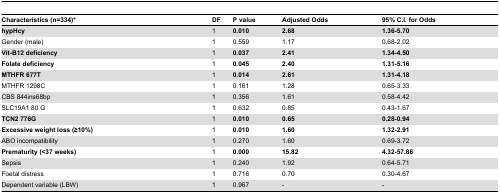
| Characteristics (n=334)* | DF | P value | Adjusted Odds | 95% C.I. for Odds |
 | --- | --- | --- | --- | --- |
 | hypHcy | 1 | 0.010 | 2.68 | 1.36-5.70 |
 | Gender (male) | 1 | 0.559 | 1.17 | 0.68-2.02 |
 | Vit-B12 deficiency | 1 | 0.037 | 2.41 | 1.34-4.50 |
 | Folate deficiency | 1 | 0.045 | 2.40 | 1.31-5.16 |
 | MTHFR 677T | 1 | 0.014 | 2.61 | 1.31-4.18 |
 | MTHFR 1298C | 1 | 0.161 | 1.28 | 0.65-3.33 |
 | CBS 844ins68bp | 1 | 0.356 | 1.61 | 0.58-4.42 |
 | SLC19A1 80 G | 1 | 0.632 | 0.85 | 0.43-1.67 |
 | TCN2 776G | 1 | 0.010 | 0.65 | 0.28-0.94 |
 | Excessive weight loss (≥10%) | 1 | 0.010 | 1.60 | 1.32-2.91 |
 | ABO incompatibility | 1 | 0.270 | 1.60 | 0.69-3.72 |
 | Prematurity (<37 weeks) | 1 | 0.000 | 15.82 | 4.32-57.86 |
 | Sepsis | 1 | 0.240 | 1.92 | 0.64-5.71 |
 | Foetal distress | 1 | 0.716 | 0.70 | 0.30-4.67 |
 | Dependent variable (LBW) | 1 | 0.967 | - | - |